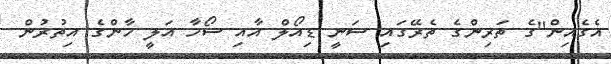
އެގެއިން''ގެ ތަރިންގެ ތެރޭގައި ސަނީ ޑިއޯލް އާއި ސޯހާ އަލީ ޚާންގެ އިތުރުން